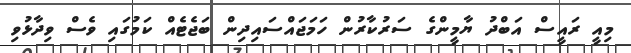
މިއީ ރައީސް އަބްދު ޔާމީންގެ ސަރުކާރުން ހަމަޖައްސައިދިން ބަޖެޓެއް ކަމުގައި ވެސް ވިދާޅުވި